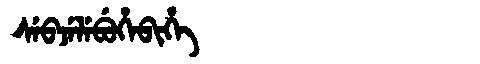
Manchu: ᠰᡝᠪᠵᡝᠯᡝᠪᡠᡥᡝᠪᡳᡥᡝ
Romanization: SEBJELEBUHEBIHE